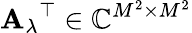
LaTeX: \mathbf{A_{\lambda}}^{\top}\in\mathbb{C}^{M^{2}\times M^{2}}